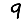
Digit: 9